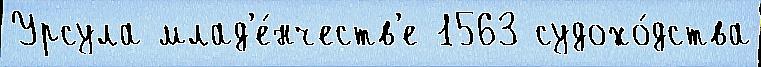
Урсула млад'е́нчеств'е 1563 судохо́дства